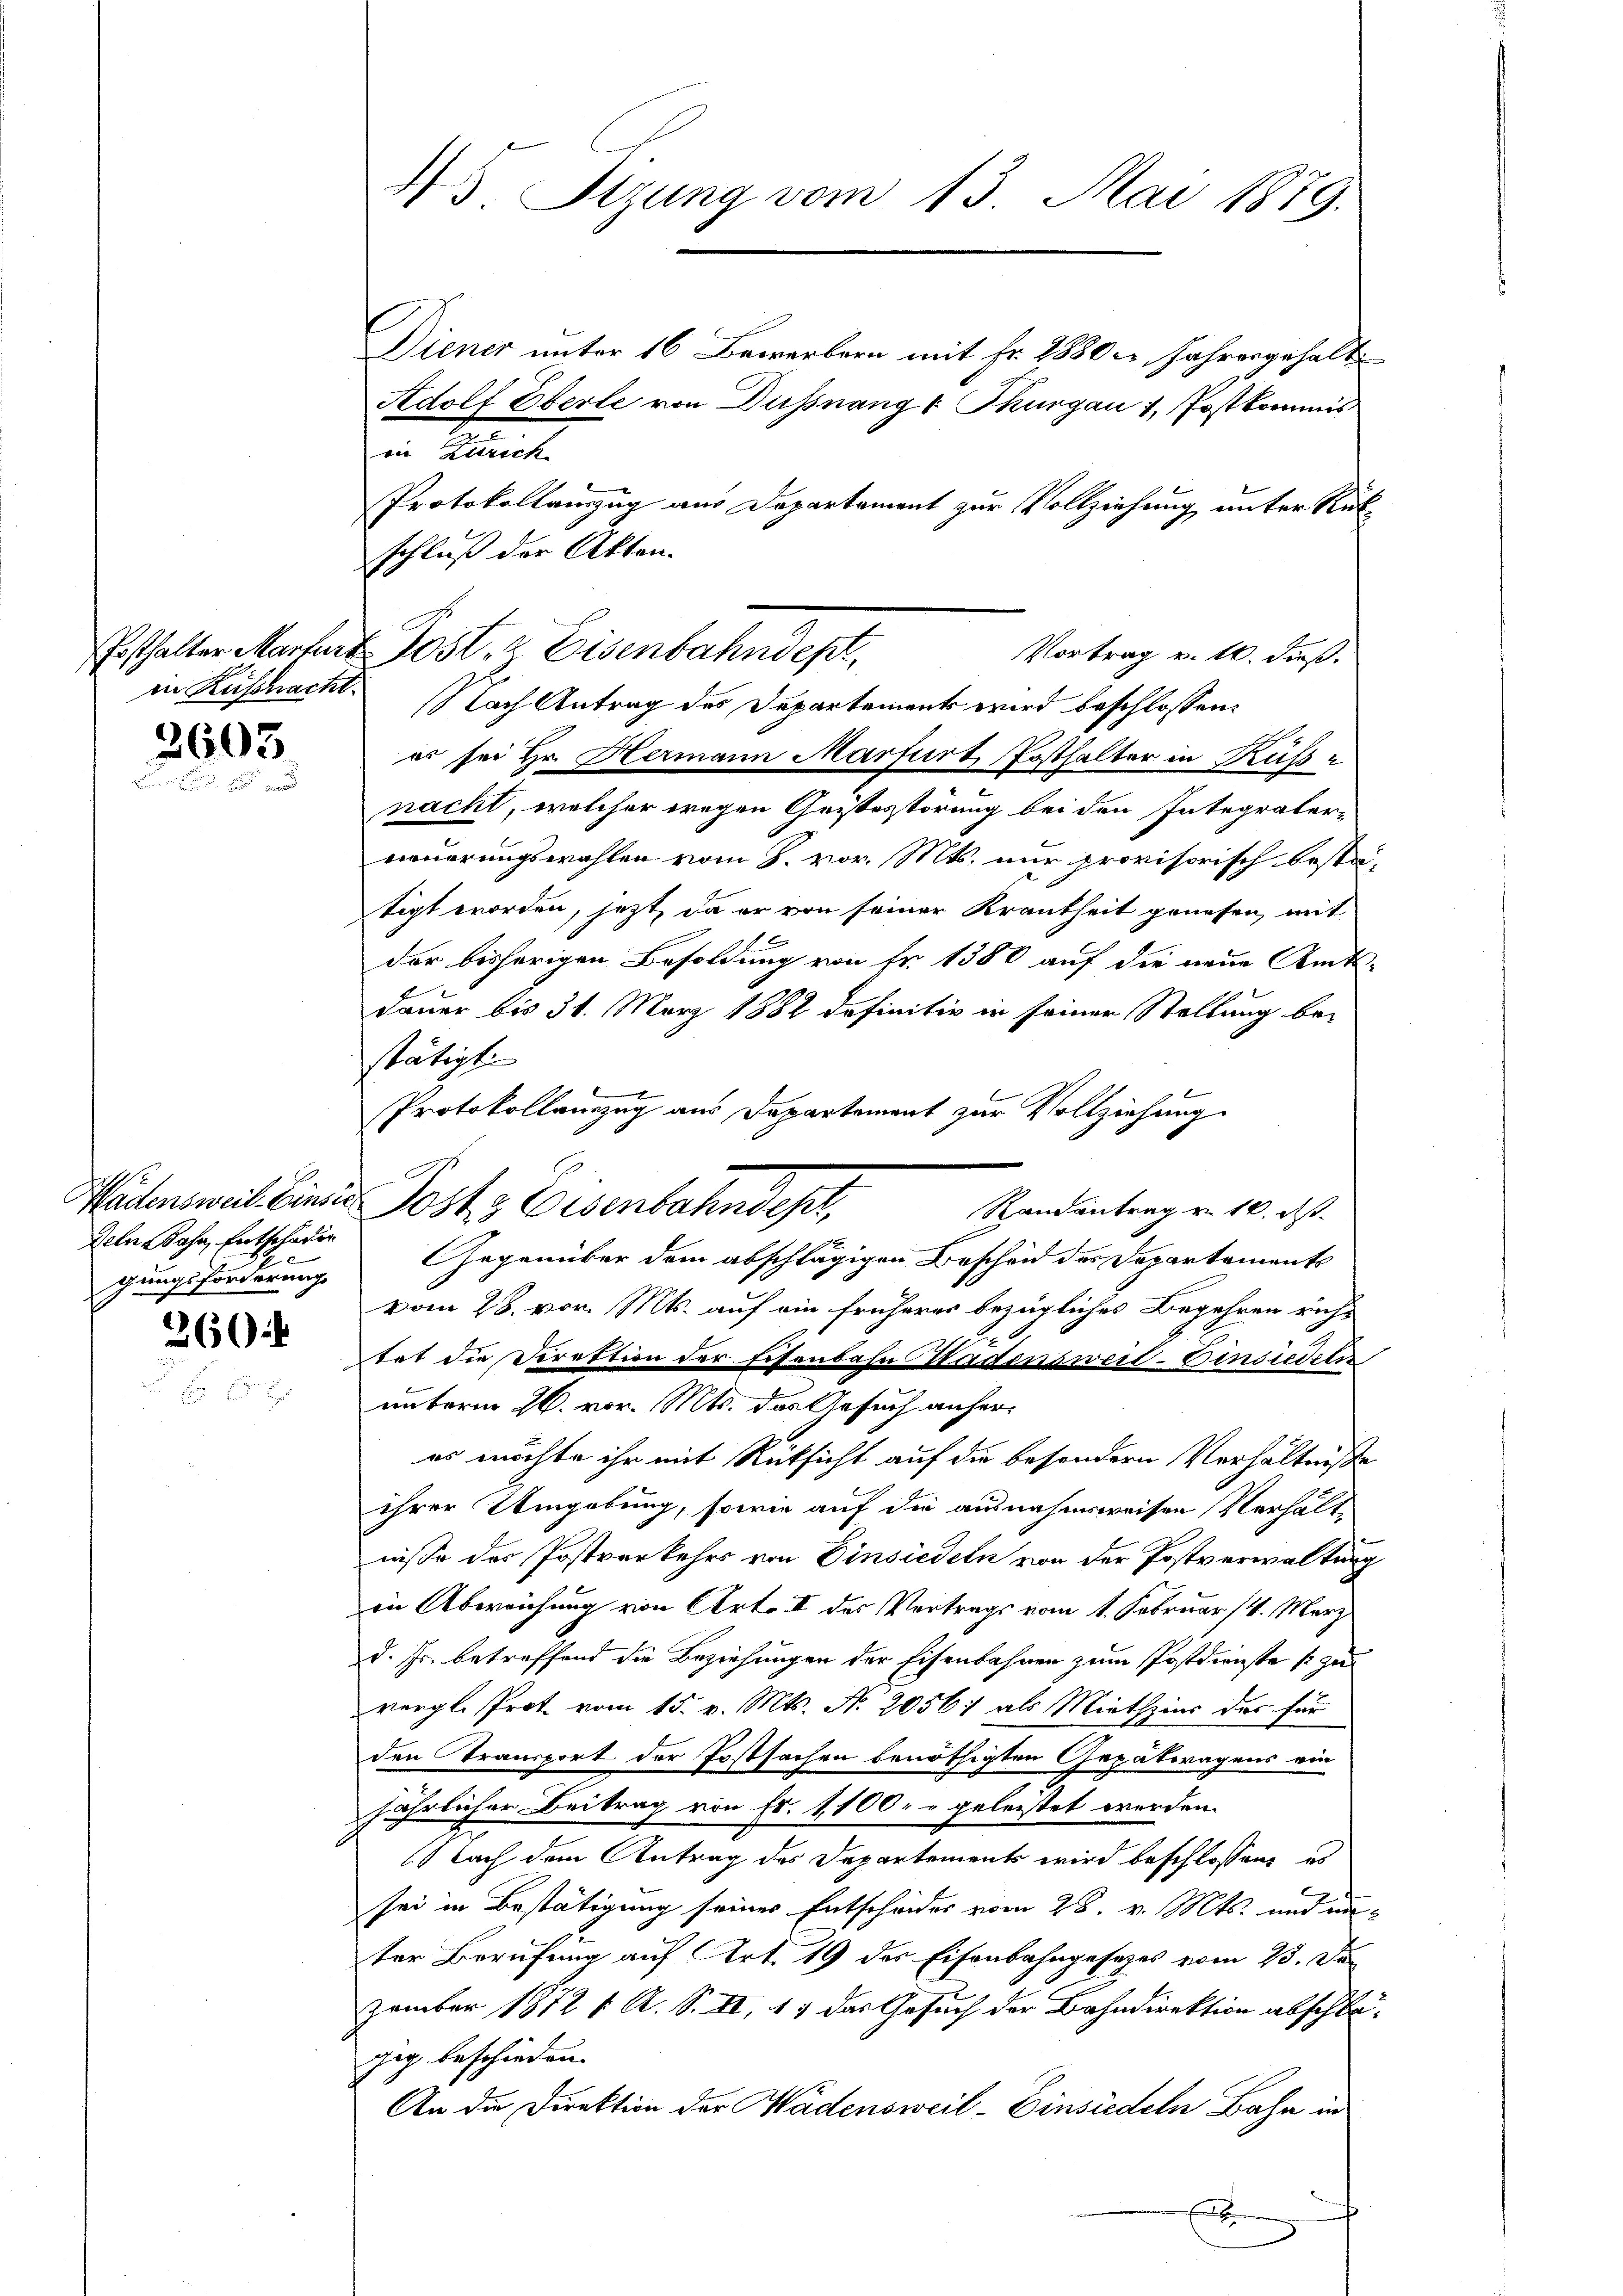
in Kuschacht.

2603.

deln Bahn, Entschädig
gungsforderungs

260:

45 Stzung vom 13. Mai 1879.

Diener unter 16 Bewerbern mit Fr. 1880 Jahrengehalt
Adolf Eberle von Dußnang, Thurgau 1, Postkommis
iin Zürich
Protokollanzug aus Departement zur Vollziehung unter Rük
schluß der Akten.
Nach Antrag des Departement wird beschlossen:
es sei Hr. Hermann Marfurt, Posthalter in Küsse
nacht, welcher wegen Geistestörung bei den Integrater-
neuerungswahlen vom 8. vor. Mts. nur provisorisch bestä-
tigt worden, jetzt, da er von seiner Krankheit genesen, mit
der bisherigen Besoldung von Fr. 1380 auf die neue Amts-
Dauer bis 31. März 1882 definitiv in seiner Stellung bestätigt.
Protokollauszug aus Departement zur Vollziehung.
Wädensweil finder Posts Eisenbahndept,
Randantrag v. 10. ds.
Gegenüber dem abschlägigen Bescheid der Departaments
vom 28. vor. Mts. auf ein früheres bezügliches Begehren richtat die Direktion der Eisenbahn Wadensweid-Zinsredeten
unterm 26. vor. Mts. das Gesuch anheres möchte ihr mit Rücksicht auf die besondern Verhältniße
ihrer Umgebung, sowie auf die ausnahmsweisen Verhält-
nisse des Postverkehrs von Einsiedeln von der Postverwaltung
in Abweichung von Art. II des Vertrags vom 1. Februar (4. März
d. Fr. betreffend die Beziehungen der Eisenbahnen zum Postdienste so zu
vergl. Prot vom 15. v. Mts. N. 20561 als Miethzins des für
den Transport der Postsachen benöthigten Gepättragens ein
jährlicher Beitrag von Fr. 1100. u geleistet werden.
Nach dem Antrag des Departements wird beschlossen, es
sei in Bestätigung seines Entscheider vom 28. v. Mts. und unter Berufung auf Art. 19 des Eisenbahngesetzes vom 25. De
zember 1872 f. A. S. II, 13 das Gesuch der Bahndirektion abschlägeg beschieden.
An die Direktion der Wädensweil–Einsiedeln Bahn in
b

Ersthalter Martnt Post & Eisenbahndep

Vortrag v. 10. dieß.